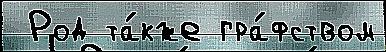
 Род та́кже гра́фством